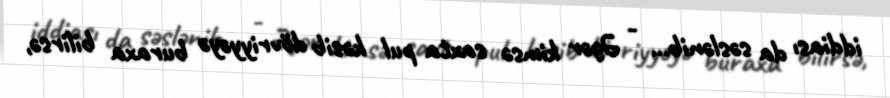
iddiası da səslənib... - Əgər kimsə saxta pul kəsib dövriyyəyə buraxa bilirsə,